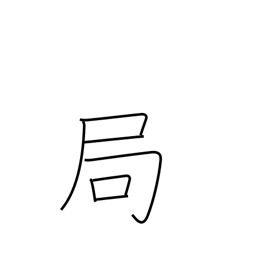
Meaning: conclusion